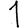
Digit: 1